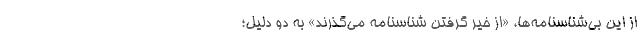
از اين بي‌شناسنامه‌ها، «از خير گرفتن شناسنامه مي‌گذرند» به دو دليل؛